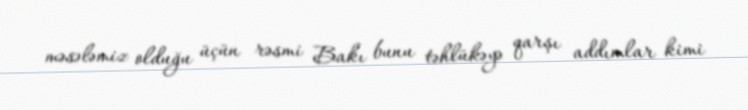
məsələmiz olduğu üçün rəsmi Bakı bunu təhlükəyə qarşı addımlar kimi